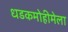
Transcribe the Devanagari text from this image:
धडकमोहीमेला